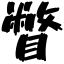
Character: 瞥